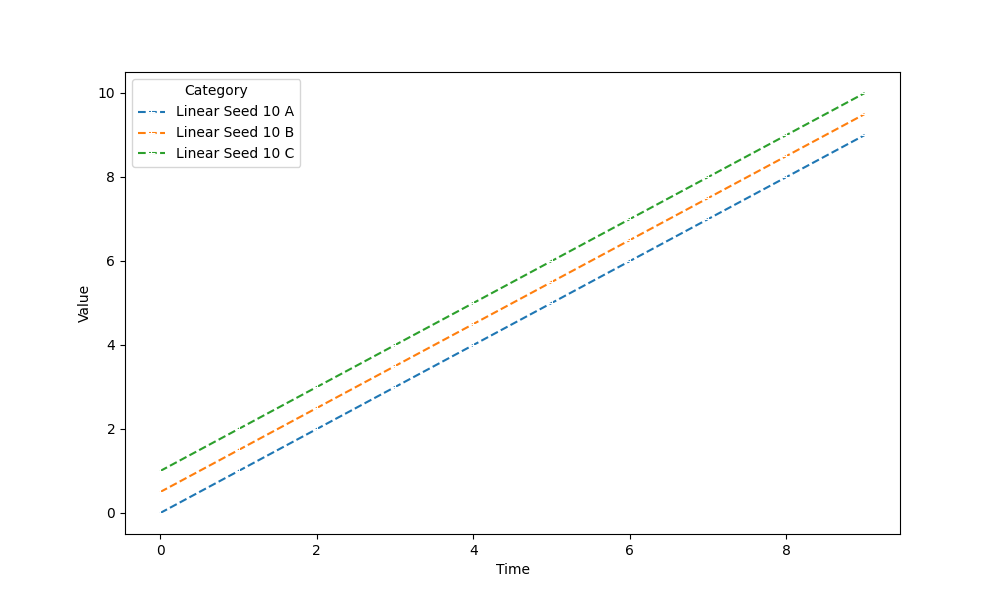
python, seaborn, lineplot, style='dashed', marker='+'